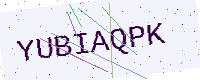
Text: YUBIAQPK